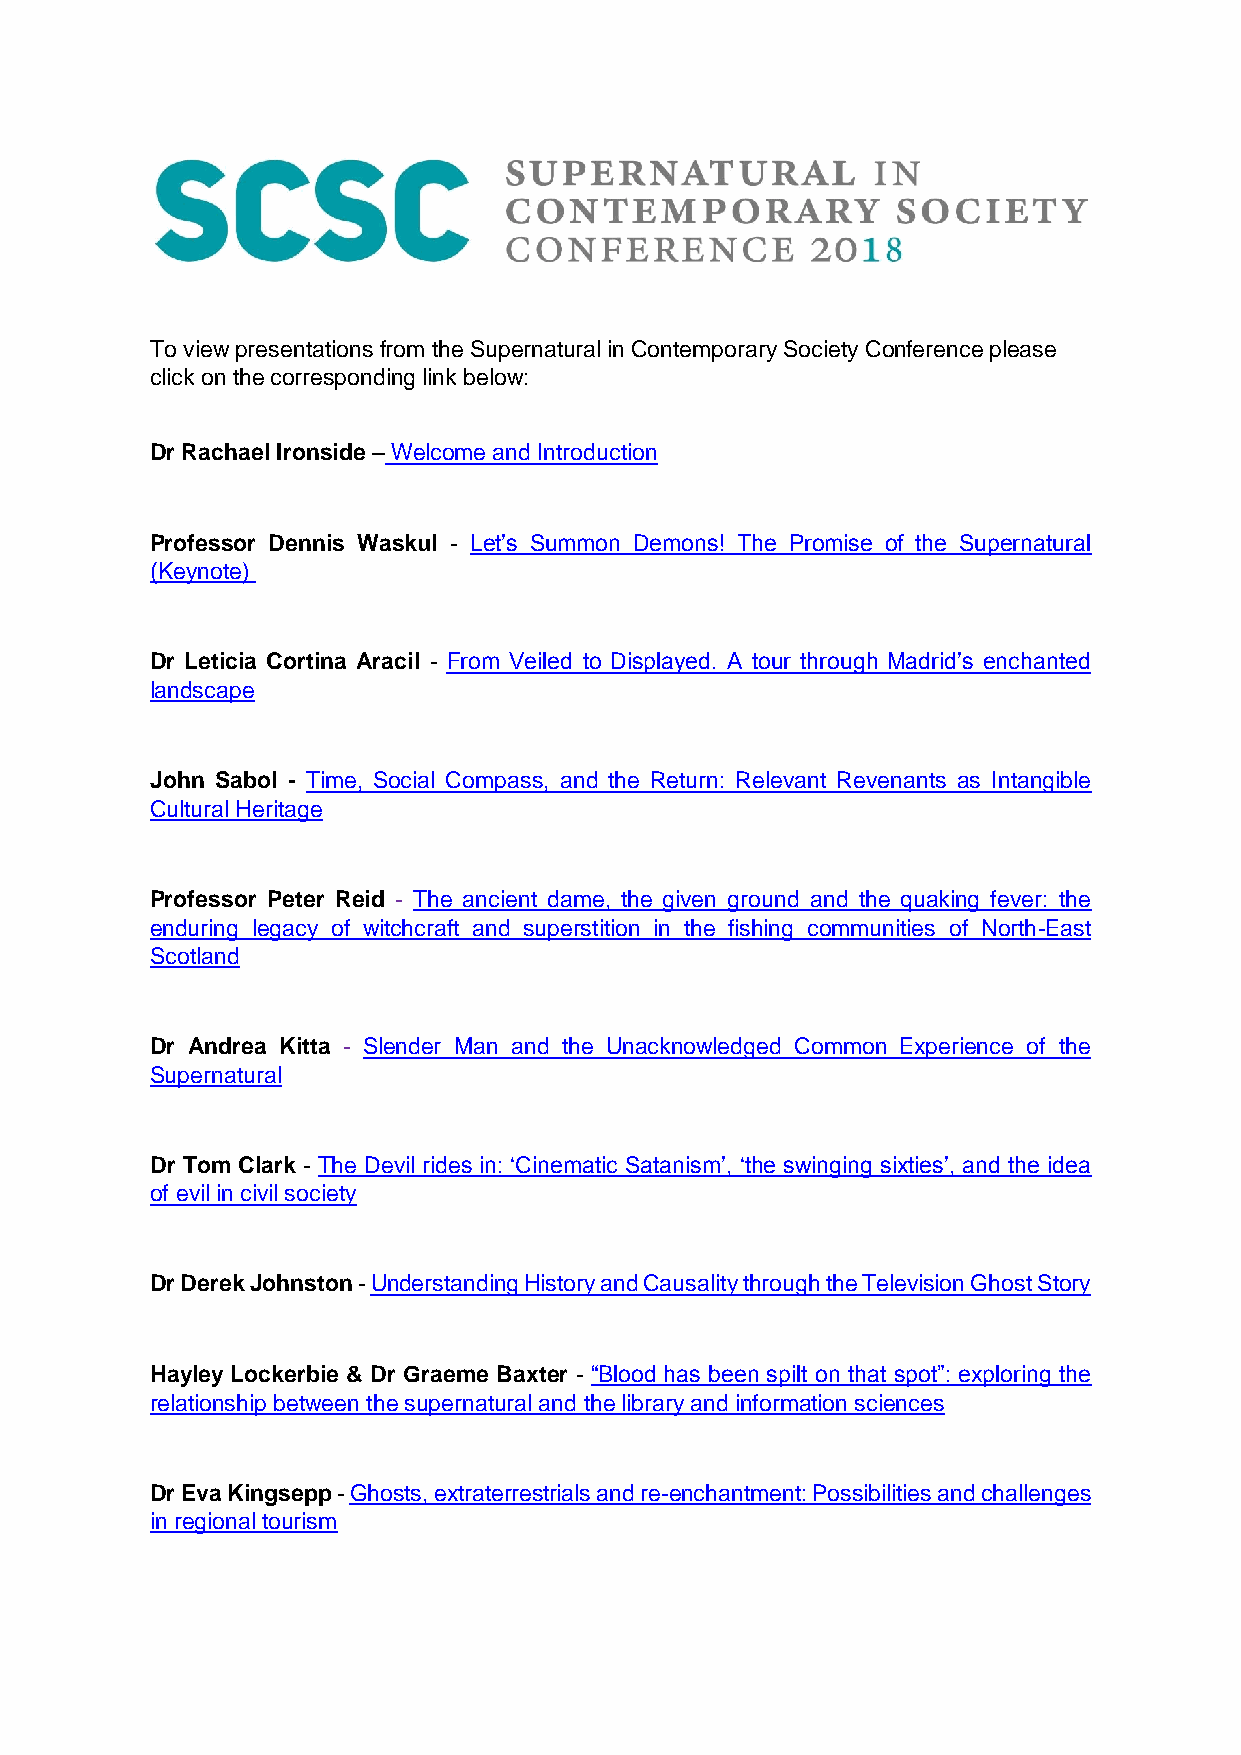
To view presentations from the Supernatural in Contemporary Society Conference please
 click on the corresponding link below:
 Dr Rachael Ironside – Welcome and Introduction
 Professor Dennis Waskul - Let’s Summon Demons! The Promise of the Supernatural
 (Keynote)
 Dr Leticia Cortina Aracil - From Veiled to Displayed. A tour through Madrid’s enchanted
 landscape
 John Sabol - Time, Social Compass, and the Return: Relevant Revenants as Intangible
 Cultural Heritage
 Professor Peter Reid - The ancient dame, the given ground and the quaking fever: the
 enduring legacy of witchcraft and superstition in the fishing communities of North-East
 Scotland
 Dr Andrea Kitta - Slender Man and the Unacknowledged Common Experience of the
 Supernatural
 Dr Tom Clark - The Devil rides in: ‘Cinematic Satanism’, ‘the swinging sixties’, and the idea
 of evil in civil society
 Dr Derek Johnston - Understanding History and Causality through the Television Ghost Story
 Hayley Lockerbie & Dr Graeme Baxter - “Blood has been spilt on that spot”: exploring the
 relationship between the supernatural and the library and information sciences
 Dr Eva Kingsepp - Ghosts, extraterrestrials and re-enchantment: Possibilities and challenges
 in regional tourism